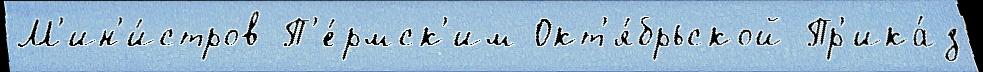
М'ин'и́стров П'е́рмск'им Окт'я́брьской Пр'ика́з